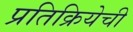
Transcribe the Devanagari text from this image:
प्रतिक्रियेची